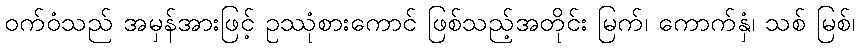
ဝက်ဝံသည် အမှန်အားဖြင့် ဥဿုံစားကောင် ဖြစ်သည့်အတိုင်း မြက်၊ ကောက်နှံ၊ သစ် မြစ်၊